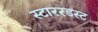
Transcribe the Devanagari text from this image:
स्टाररडस्ट